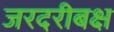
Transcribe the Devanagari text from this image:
जरदरीबक्ष